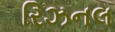
રિઝનલ